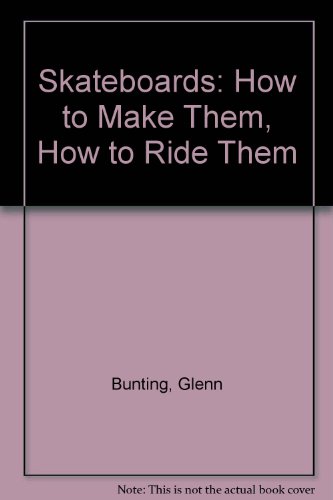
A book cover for Skateboards: How to Make Them, How to Ride Them; Glenn Bunting; Sports & Outdoors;